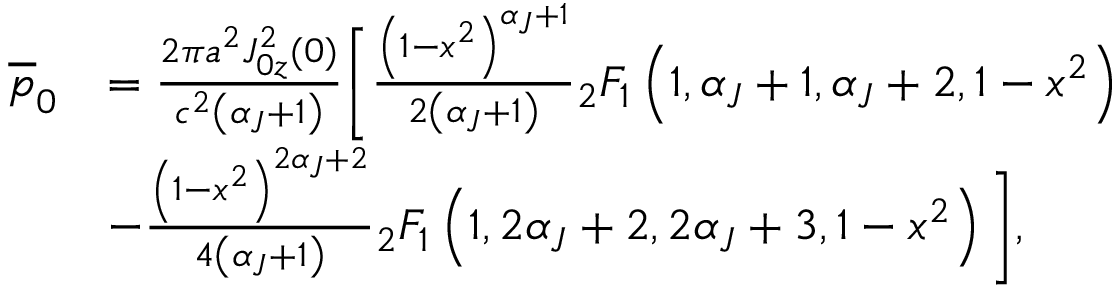
\begin{array} { r l } { \overline { { p } } _ { 0 } } & { = \frac { 2 \pi a ^ { 2 } J _ { 0 z } ^ { 2 } ( 0 ) } { c ^ { 2 } \left( \alpha _ { J } + 1 \right) } \Bigg [ \frac { \left( 1 - x ^ { 2 } \right) ^ { \alpha _ { J } + 1 } } { 2 \left( \alpha _ { J } + 1 \right) } { _ 2 } F _ { 1 } \left( 1 , \alpha _ { J } + 1 , \alpha _ { J } + 2 , 1 - x ^ { 2 } \right) } \\ & { - \frac { \left( 1 - x ^ { 2 } \right) ^ { 2 \alpha _ { J } + 2 } } { 4 \left( \alpha _ { J } + 1 \right) } { _ 2 } F _ { 1 } \left( 1 , 2 \alpha _ { J } + 2 , 2 \alpha _ { J } + 3 , 1 - x ^ { 2 } \right) \Bigg ] , } \end{array}